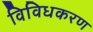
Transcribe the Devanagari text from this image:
विविधकरण